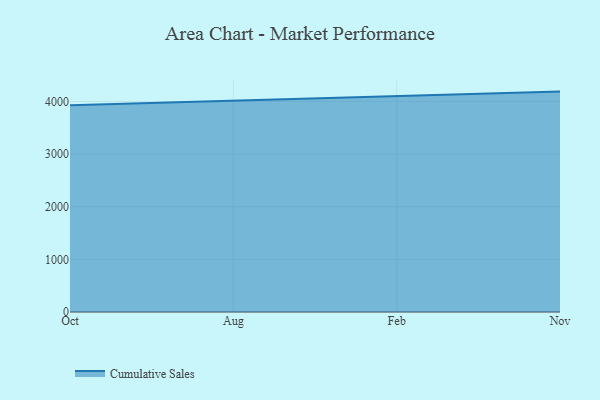
{"axis": {"x": "Month", "y": "Demand Index"}, "legend": ["Cumulative Sales"], "data": [{"x": "Oct", "y": 3926.9, "type": "Cumulative Sales"}, {"x": "Aug", "y": 4013.9, "type": "Cumulative Sales"}, {"x": "Feb", "y": 4109.6, "type": "Cumulative Sales"}, {"x": "Nov", "y": 4187.5, "type": "Cumulative Sales"}]}